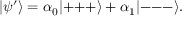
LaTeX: | \psi ^ { \prime } \rangle = \alpha _ { 0 } | { + } { + } { + } \rangle + \alpha _ { 1 } | { - } { - } { - } \rangle .